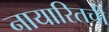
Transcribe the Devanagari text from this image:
नायारितची